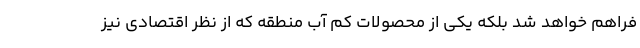
فراهم خواهد شد بلکه یکی از محصولات کم آب منطقه که از نظر اقتصادی نیز